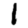
Digit: 1